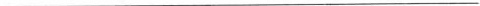
___